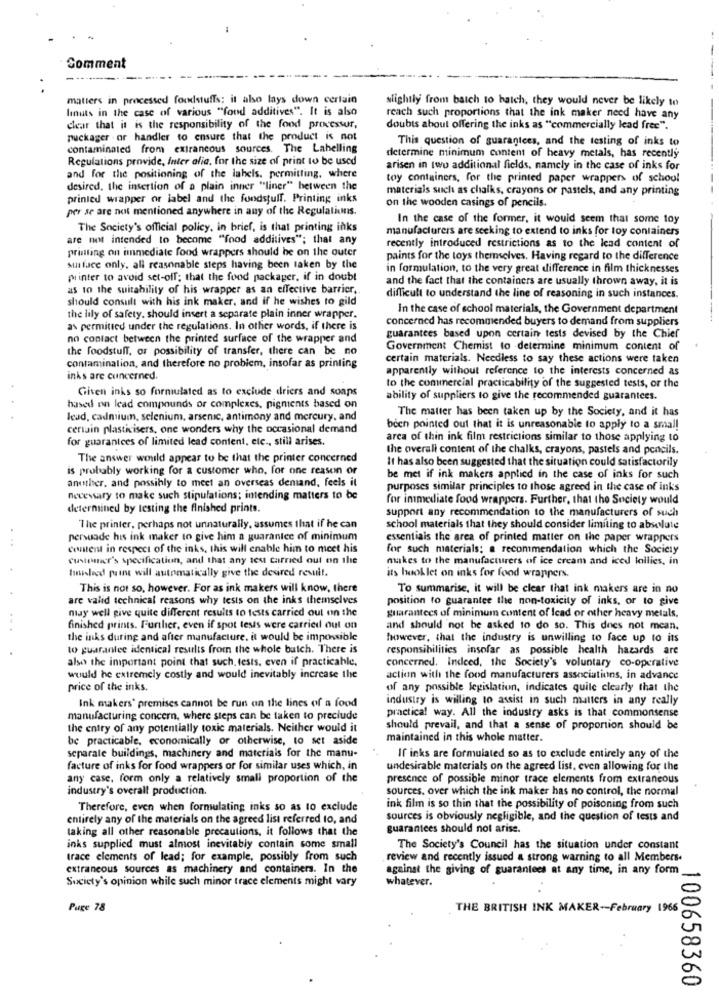
-
Comment
matters in processed foodstuffs: it also lays down certain
slightly from batch to haich, they would never be likely to
linuts in the case of various "food additives". It is also
reach such proportions that the ink maker need have any
clear that it is the responsibility of the food processor,
doubts about offering the inks as "commercially lead free".
puckager . or handler to ensure that the product is not
This question of guarantees, and the testing of inks to
contaminated from extraneous sources. The Labelling
Regulations provide, Inter alia, for the size of print to be used
determine minimum content of heavy metals, has recently
arisen in two additional fields, namely in the case of inks for
and for the positioning of the lahels. permitting, where
toy containers, for the printed paper wrappers of school
desired, the insertion of a plain inner "liner" between the
materials such as chalks, crayons or pastels, and any printing
printed wrapper or label and the foodstuff. Printing inks
on the wooden casings of pencils.
per se are not mentioned anywhere in any of the Regulations.
In the case of the former, it would seem that some toy
The Society's official policy, in brief, is that printing inks
manufacturers are seeking to extend to inks for toy containers
are not intended to become "food additives"; that any
printing on immediate food wrappers should be on the outer
recently introduced restrictions as to the lead content of
paints for the toys themselves. Having regard to the difference
surface only, all reasonable steps having been taken by the
in formulation, to the very great difference in film thicknesses
printer to avoid set-off; that the food packager, if in doubt
and the fact that the containers are usually thrown away, it is
as to the suitability of his wrapper as an effective barrier,
should consult with his ink maker, and if he wishes to gild
difficult to understand the line of reasoning in such instances.
In the case of school materials, the Government department
the lily of safety, should insert a separate plain inner wrapper.
concerned has recommended buyers to demand from suppliers
as permitted under the regulations. In other words, if there is
no contact between the printed surface of the wrapper and
guarantees based upon certain tests devised by the Chief
the foodstuff, or possibility of transfer, there can be no
Government Chemist to determine minimum content of
certain materials. Needless to say these actions were taken
contamination, and therefore no problem, insofar as printing
apparently without reference to the interests concerned as
inks are cuncerned.
Given inks so formulated as to exclude driers and soaps
to the commercial practicability of the suggested tests, or the
ability of suppliers to give the recommended guarantees.
based on lead compounds or complexes, pigments based on
The matter has been taken up by the Society, and it has
lead, cadmium, selenium, arsenic, antimony and mercury, and
ceriain plasticisers, one wonders why the occasional demand
boch pointed out that it is unreasonable to apply to a small
for guarantees of limited lead content, etc ., still arises.
area of thin ink film restrictions similar to those applying to
the overall content of the chalks, crayons, pastels and pencils.
The answer would appear to be that the printer concerned
It has also been suggested that the situation could satisfactorily
is probably working for a customer who, for one reason or
another, and possibly to meet an overseas demand, feels it
be met if ink makers applied in the case of inks for such
purposes similar principles to those agreed in the case of inks
necessary to make such stipulations; intending matters to be
for immediate food wrappers. Further, that the Society would
determined by testing the finished prints.
support any recommendation to the manufacturers of such
The printer, perhaps not unnaturally, assumes that if he can
school materials that they should consider limiting to absolute
persuade his ink maker to give him a guarantee of minimum
essentials the area of printed matter on the paper wrappers
content in respect of the inks, this will enable him to meet his
for such materials; a recommendation which the Society
Customer's specification, and that any test carried out on the
makes to the manufacturers of ice cream and iced lollies, in
finished paure will automatically give the desired result.
its hook let on inks for food wrappers.
This is not so, however. For as ink makers will know, there
To summarise, it will be clear that ink makers are in no
are valid technical reasons why tests on the inks themselves
position to guarantee the non-toxicity of inks, or to give
may well give quite different results to tests carried out on the
guarantees of minimum content of Icad or other heavy metals.
finished prints. Further, even if spot tests were carried out on
and should not be asked to do so. This does not mean.
the inks during and after manufacture, it would be impossible
however, that the industry is unwilling to face up to its
to guarantee identical results from the whole butch. There is
responsibilities insofar as possible health hazards are
also the important point that such, tests, even if practicable,
concerned. Indeed, the Society's voluntary co-operative
would he extremely costly and would inevitably increase the
action with the food manufacturers associations, in advance
price of the inks.
of any possible legislation, indicates quile clearly that the
Ink makers' premises cannot be run on the lines of a food
industry is willing to assist in such matters in any really
manufacturing concern, where steps can be taken to preclude
practical way. All the industry asks is that commonsense
the entry of any potentially toxic materials. Neither would it
should prevail, and that a sense of proportion should be
be practicable, economically or otherwise, to set aside
maintained in this whole matter.
separate buildings, machinery and materials for the manu-
If inks are formulated so as to exclude entirely any of the
facture of inks for food wrappers or for similar uses which, in
undesirable materials on the agreed list, even allowing for the
any case, form only a relatively small proportion of the
presence of possible minor trace elements from extraneous
industry's overall production.
sources. over which the ink maker has no control, the normal
Therefore, even when formulating inks so as to exclude
ink film is so thin that the possibility of poisoning from such
entirely any of the materials on the agreed list referred to, and
sources is obviously negligible, and the question of tests and
taking all other reasonable precautions, it follows that the
guarantees should not arise.
inks supplied must almost inevitably contain some small
The Society's Council has the situation under constant
trace elements of lead; for example, possibly from such
review and recently issued a strong warning to all Members.
extraneous sources as machinery and containers. In the
against the giving of guarantees at any time, in any form
Sucicty's opinion while such minor trace elements might vary
whatever.
Puge 78
THE BRITISH INK MAKER -- February 1966
100658360